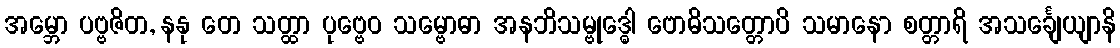
အမ္ဘော ပဗ္ဗဇိတ, နနု တေ သတ္ထာ ပုဗ္ဗေဝ သမ္ဗောဓာ အနဘိသမ္ဗုဒ္ဓေါ ဗောဓိသတ္တောပိ သမာနော စတ္တာရိ အသင်္ချေယျာနိ